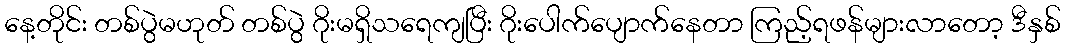
နေ့တိုင်း တစ်ပွဲမဟုတ် တစ်ပွဲ ဂိုးမရှိသရေကျပြီး ဂိုးပေါက်ပျောက်နေတာ ကြည့်ရဖန်များလာတော့ ဒီနှစ်